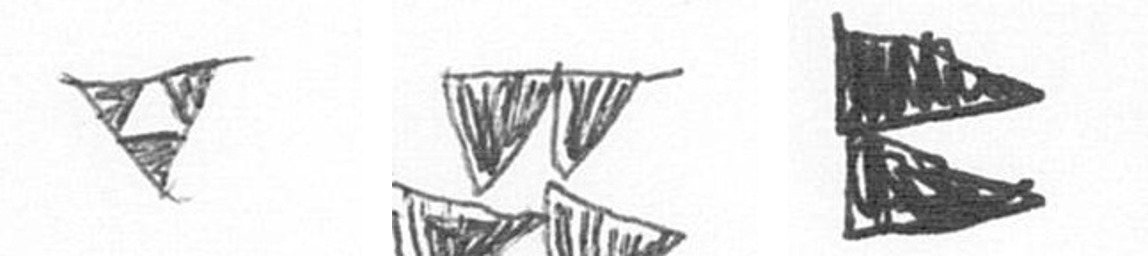
S B P